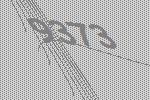
9373